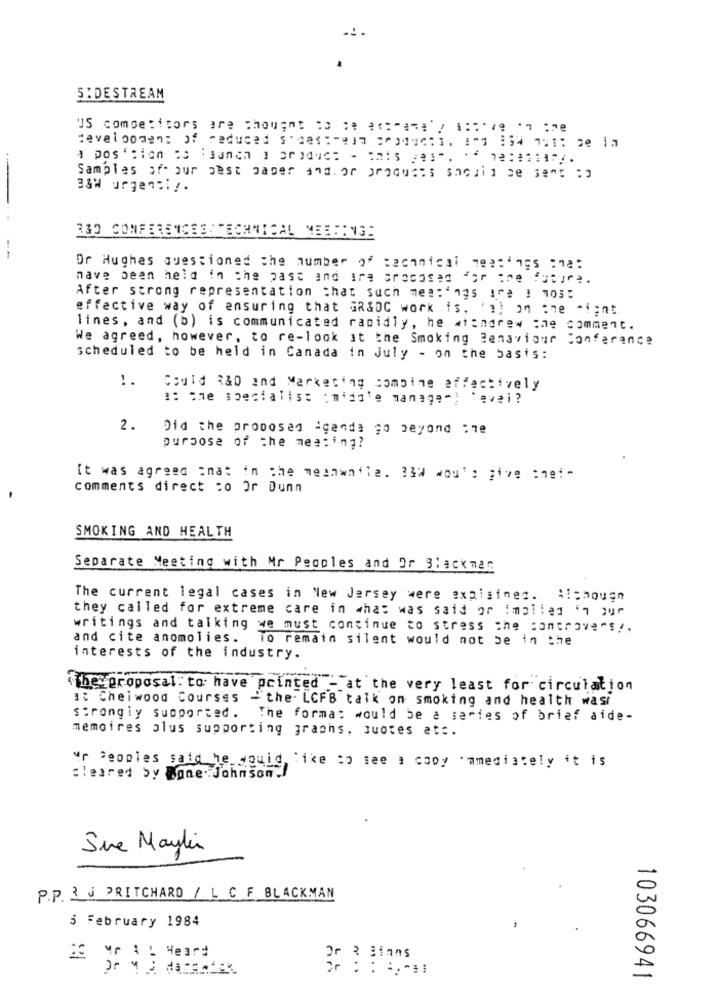
SIDESTREAM
US competitors are thought 1 ; ****** / 1 :: ' ' ;7
development of reduced s'des:rein products. 1"0 134 701: be in
a pos ' :ion :s 'Bunch ] or )duc: - anis e]", .
Samples ofour best paper and. or products saciid be sent :
33% urgency.
330 CONFERENCES : TECHNICAL MEETING:
Or Hughes questioned the number of technical 7e ::
nave been held in the past and ire srocosas for the future.
After strong representation that such mes: 195 1^? ! 105:
effective way of ensuring that GR&DC work is. '") on one aient
lines, and (b) is communicated rapidly, he withdrew ;he comment.
We agreed, however, to re-look at the Smoking Benaviour Conferance
scheduled to be held in Canada in July - on the basis:
!.
Could R&D and Marketing combine effectively
2.
Did the proposed agenda go beyond :78
purpose of the meeting?
It was agreed ;nat in the meanwhile. 33W wou's give :nei-
comments direct to Or Dunn
SMOKING AND HEALTH
Separate Meeting with Mr Pegoles and Or Blackman
The current legal cases in New Jersey were expisinez. Although
they called for extreme care in what was said or implied in jur
writings and talking we must continue to stress che controversy.
and cite anomolies.
To remain silent would not be in the
interests of the industry.
The proposal: to have pointed - at the very least for circulation
1: Cheiwood Courses
"the. LCFB talk on smoking and health wasi
strongly supported.
The formas would be a series of brief aide-
memoires plus supporting graphs, quotes at :.
Mr Peoples said he would like to see a copy mmediately it is
cleared by Bane. Johnson !!
Sue Maylin
P.P. J PRITCHARD / L CF BLACKMAN
5 February 1984
Or 2 3ians
Er : : 4,31
103066941